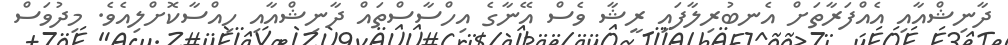
ދާނިޝްއާއި އެއްފަރާތަށް އެނބުރިލާފައި ރީޝާ ވެސް އޭނާގެ އިހްސާސްތައް ދާނިޝްއާއި ހިއްސާކޮށްލިއެވެ. މިދުވަސް